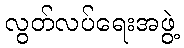
လွတ်လပ်ရေးအဖွဲ့